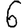
Digit: 6